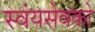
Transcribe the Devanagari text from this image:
स्वंयसेवको